Problem: 7 × 3 = ?
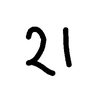
Handwritten answer: 21